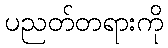
ပညတ်တရားကို